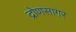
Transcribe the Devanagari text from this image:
द्रोणसागर